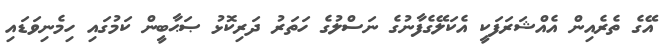
އޭގެ ތެރެއިން އެއްޝަރަފަކީ އެކަލޭގެފާނުގެ ނަސްލުގެ ހަތަރު ދަރިކޮޅު ޞަޙާބީން ކަމުގައި ހިމެނިވަޑައި